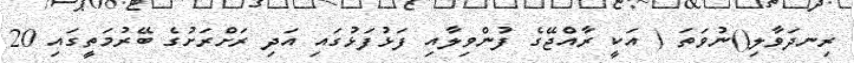
ރިނދަވާލި()ނުވަތަ ( އަކީ ރާއްޖޭގެ ފުންވިލާއި ފަޅުފަޅުގައި އަދި ރަށްރަށުގެ ބޭރުމަތީގައި 20